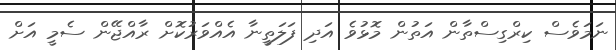
ނަމަވެސް ކިރްގިސްތާން އަތުން މޮޅުވެ އަދި ފަލަތީނާ އެއްވަރުކޮށް ރާއްޖޭން ސެމީ އަށް